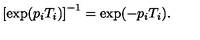
\left[ \exp ( p _ { i } T _ { i } ) \right] ^ { - 1 } = \exp ( - p _ { i } T _ { i } ) .